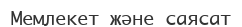
Мемлекет және саясат